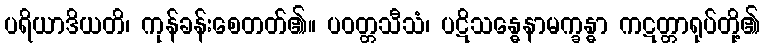
ပရိယာဒိယတိ၊ ကုန်ခန်းစေတတ်၏။ ပဝတ္တသီသံ၊ ပဋိသန္ဓေနာမက္ခန္ဓာ ကဋတ္တာရုပ်တို့၏